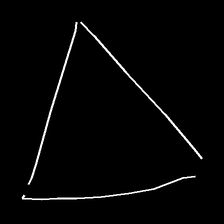
Glyph: convergence